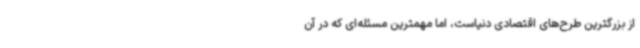
از بزرگترین طرح‌های اقتصادی دنیاست، اما مهمترین مسئله‌ای که در آن